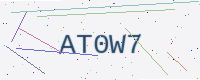
Text: AT0W7